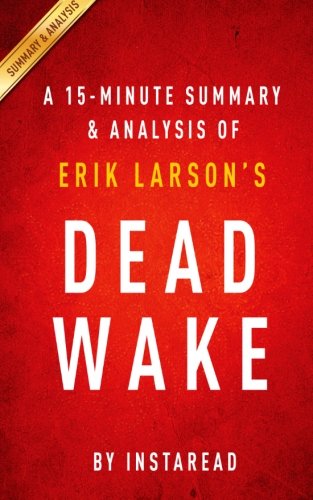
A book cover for A 15-minute Summary & Analysis of Erik Larson's Dead Wake: The Last Crossing of the Lusitania; Instaread; History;